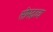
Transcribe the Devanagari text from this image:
सोमद्रव्य